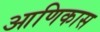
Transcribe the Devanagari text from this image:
आणिकास